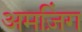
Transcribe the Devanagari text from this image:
अमज़िंग